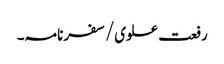
رفعت علوی/سفرنامہ۔